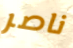
ناصر